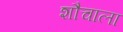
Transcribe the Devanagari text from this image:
शौचाला